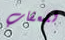
للعقاب